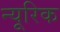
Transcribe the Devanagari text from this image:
न्यूरिक